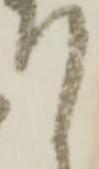
て